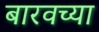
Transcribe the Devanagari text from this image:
बारवच्या